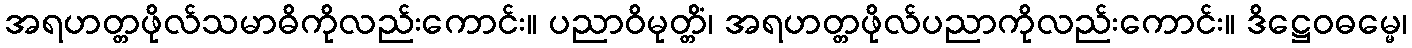
အရဟတ္တဖိုလ်သမာဓိကိုလည်းကောင်း။ ပညာဝိမုတ္တိံ၊ အရဟတ္တဖိုလ်ပညာကိုလည်းကောင်း။ ဒိဋ္ဌေဝဓမ္မေ၊